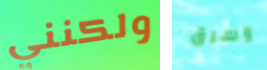
ولكنني وسرق